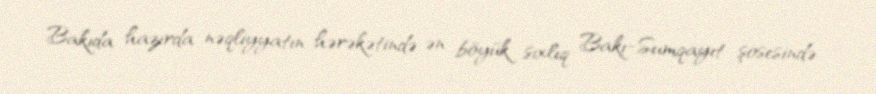
Bakıda hazırda nəqliyyatın hərəkətində ən böyük sıxlıq Bakı-Sumqayıt şosesində